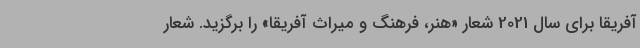
آفریقا برای سال 2021 شعار «هنر، فرهنگ و میراث آفریقا» را برگزید. شعار